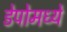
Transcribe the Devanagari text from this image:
डेपोमध्ये